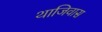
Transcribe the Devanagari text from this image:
थाजिवास